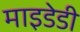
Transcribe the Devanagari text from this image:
माइडेडी